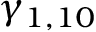
\gamma _ { 1 , 1 0 }